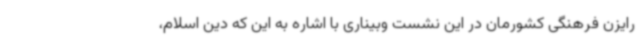
رایزن فرهنگی کشورمان در این نشست وبیناری با اشاره به این که دین اسلام،